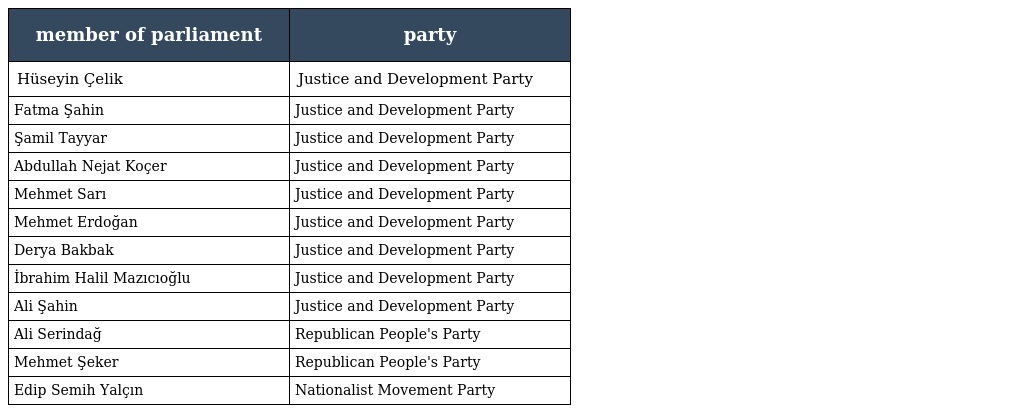
| member of parliament | party |
 | --- | --- |
 | Hüseyin Çelik | Justice and Development Party |
 | Fatma Şahin | Justice and Development Party |
 | Şamil Tayyar | Justice and Development Party |
 | Abdullah Nejat Koçer | Justice and Development Party |
 | Mehmet Sarı | Justice and Development Party |
 | Mehmet Erdoğan | Justice and Development Party |
 | Derya Bakbak | Justice and Development Party |
 | İbrahim Halil Mazıcıoğlu | Justice and Development Party |
 | Ali Şahin | Justice and Development Party |
 | Ali Serindağ | Republican People's Party |
 | Mehmet Şeker | Republican People's Party |
 | Edip Semih Yalçın | Nationalist Movement Party |